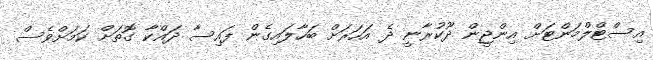
އިސްޓްލްމަންޓަށް އިންޖީން ދޫކުރާނީ ދެ އަހަރަށް ބަހާލައިގެން ފައިސާ ދައްކާ ގޮތަށް ކަމަށްވެސް